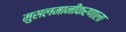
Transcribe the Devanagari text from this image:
मुसलमानीकरणाला